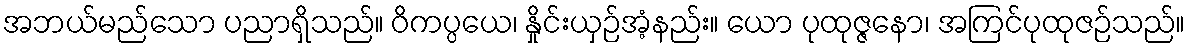
အဘယ်မည်သော ပညာရှိသည်။ ဝိကပ္ပယေ၊ နှိုင်းယှဉ်အံ့နည်း။ ယော ပုထုဇ္ဇနော၊ အကြင်ပုထုဇဉ်သည်။